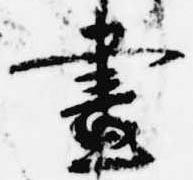
昼